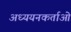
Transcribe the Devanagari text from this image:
अध्‍ययनकर्ताओं